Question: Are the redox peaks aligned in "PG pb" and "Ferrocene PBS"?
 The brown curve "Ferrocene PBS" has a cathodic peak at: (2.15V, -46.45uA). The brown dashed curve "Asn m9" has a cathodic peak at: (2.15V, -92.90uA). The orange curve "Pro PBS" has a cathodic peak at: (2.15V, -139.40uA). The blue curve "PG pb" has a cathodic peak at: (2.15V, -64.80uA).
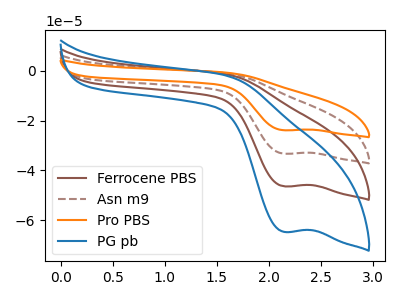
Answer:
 <answer>Yes, "PG pb" have a peak in "Ferrocene PBS" at the same potential.</answer>
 <eval>match</eval>